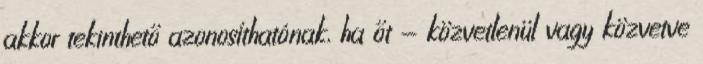
akkor tekinthető azonosíthatónak, ha őt - közvetlenül vagy közvetve